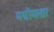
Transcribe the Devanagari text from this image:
मधीमलार